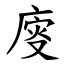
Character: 廀